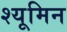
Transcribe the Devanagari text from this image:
श्यूमिन